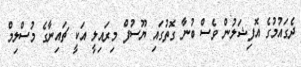
ދެގައުމުގެ އޮފިޝަލުން ވެސް ބުނާ ގޮތުގައި ޔޫސުފް މިރައިލީ އަކީ ޗައިނާގެ މުސްލިމް